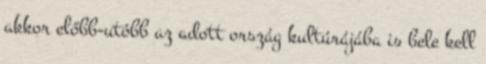
akkor előbb-utóbb az adott ország kultúrájába is bele kell